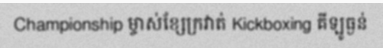
Championship ម្ចាស់ខ្សែក្រវាត់ Kickboxing គីឡូធ្ងន់